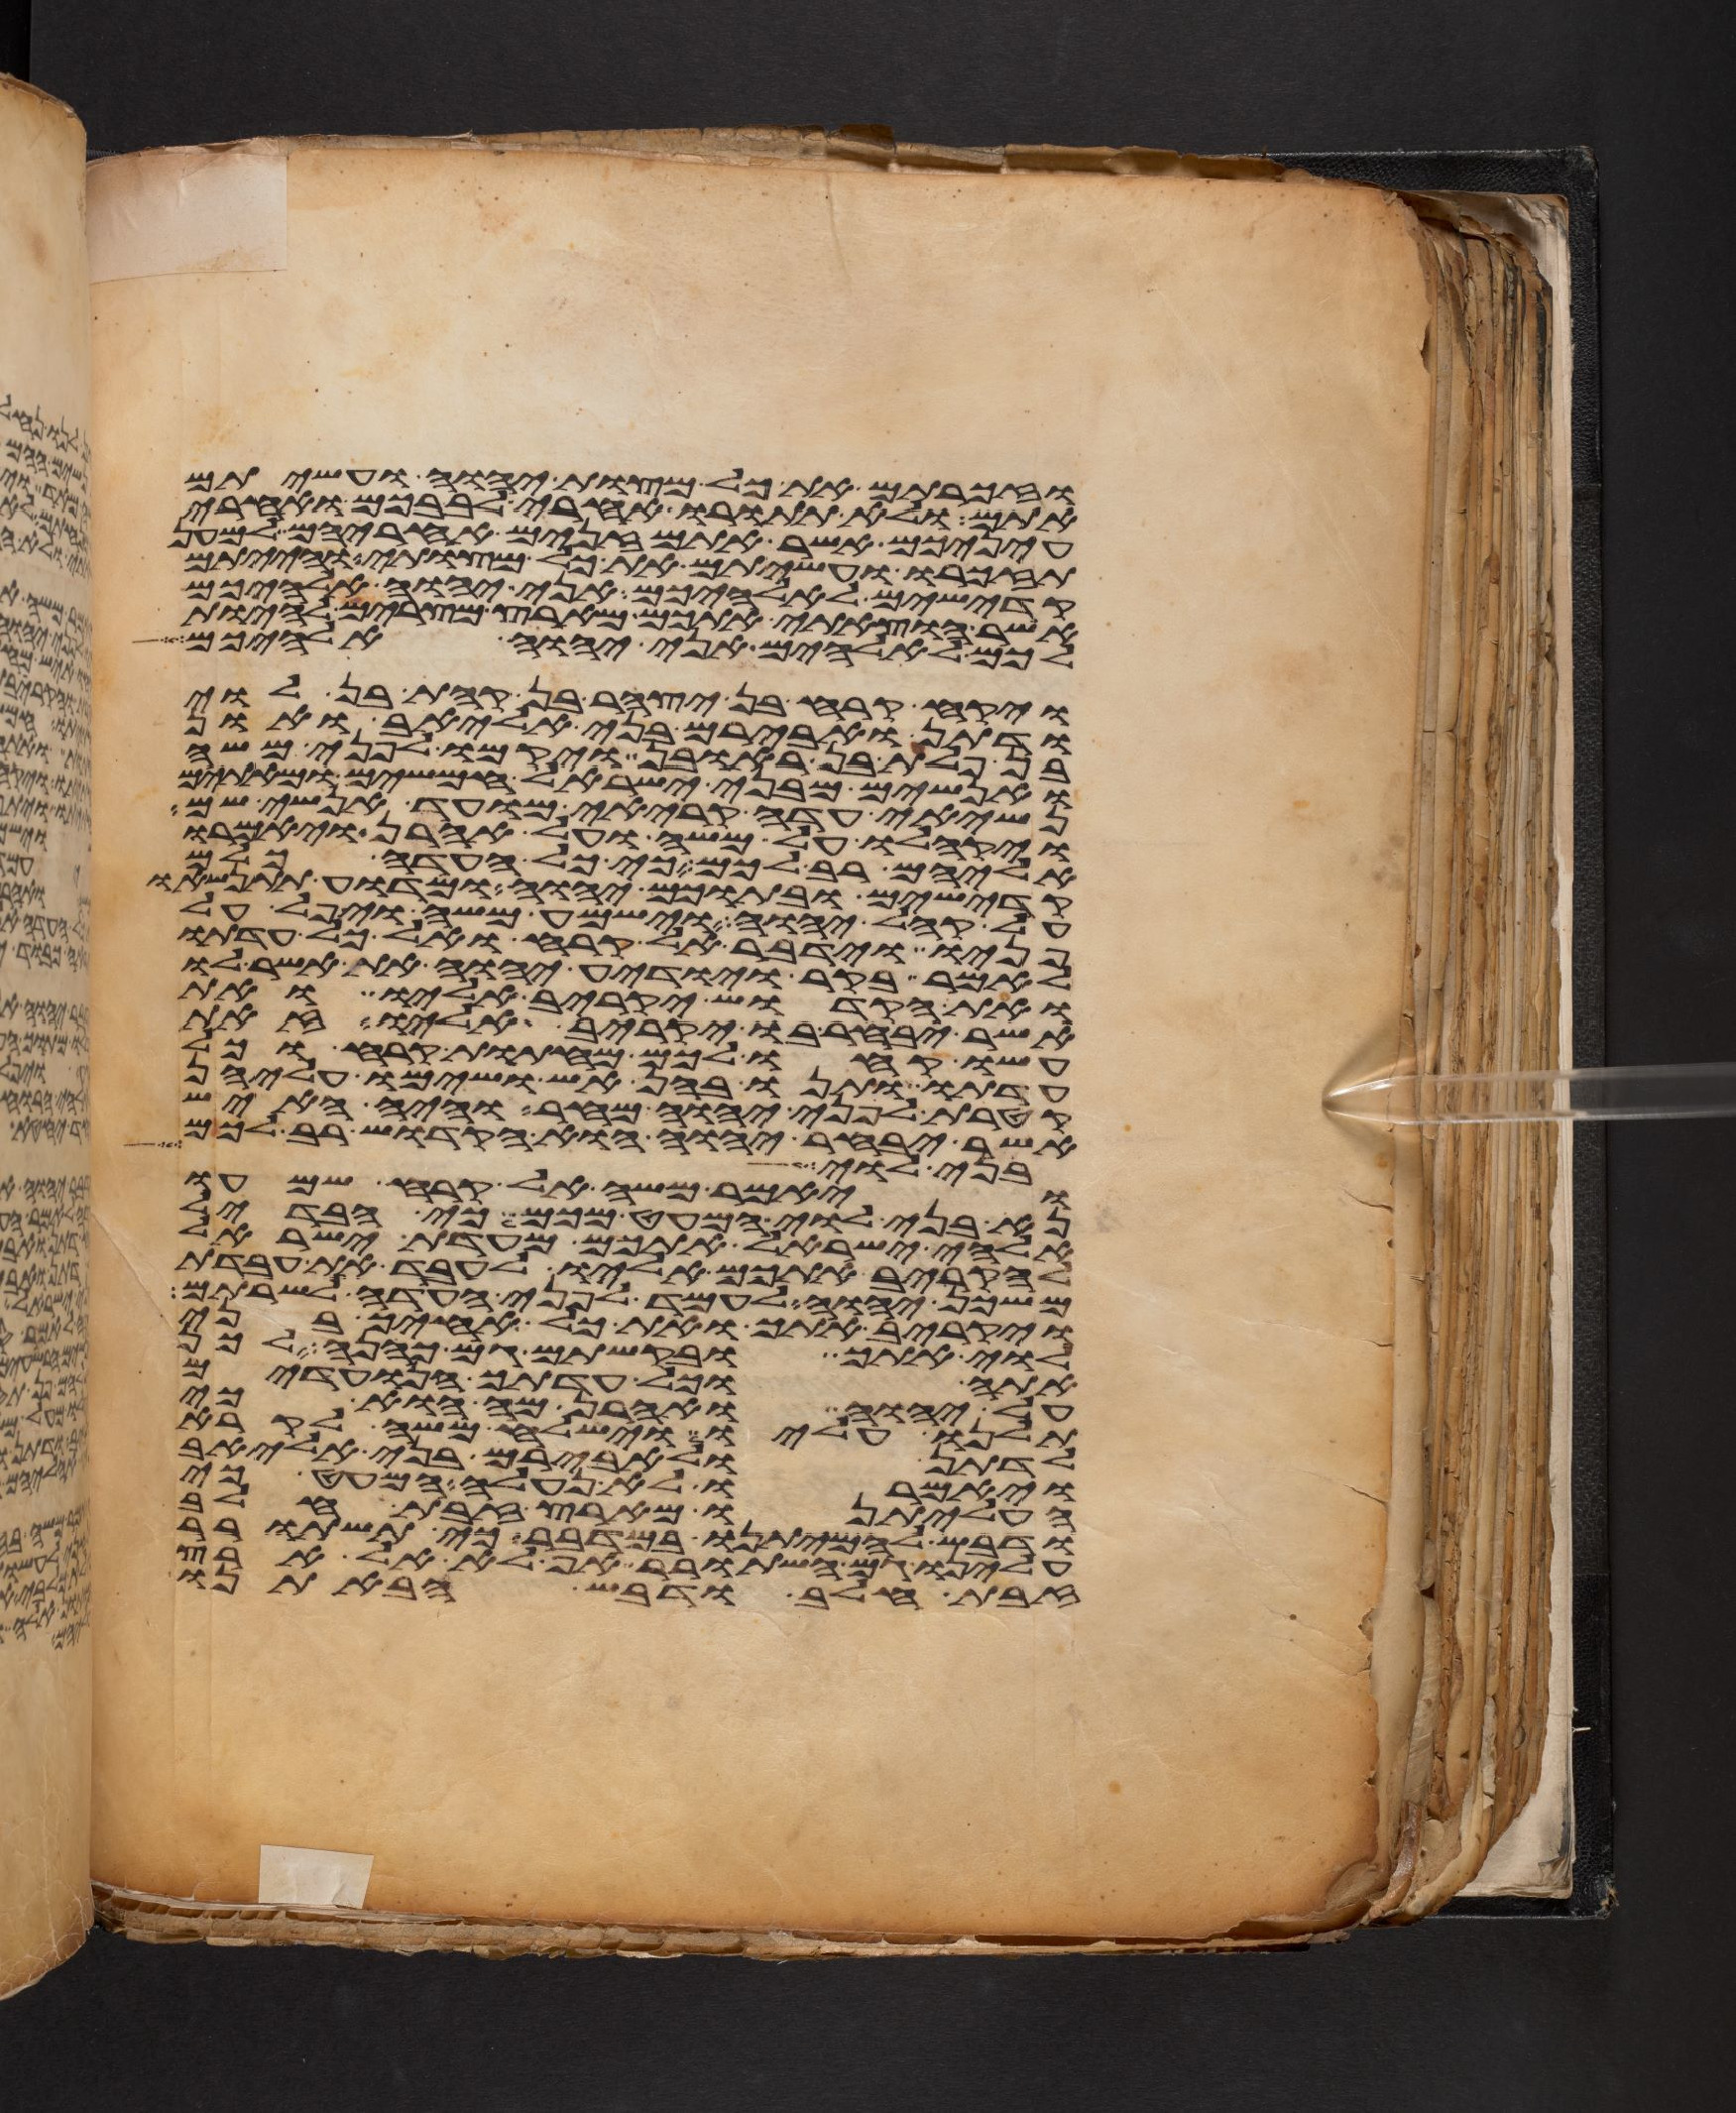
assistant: וזכרתם את כל מצות יהוה ועשיתם
אתם ולא תתורו אחרי לבבכם ואחרי
עיניכם אשר אתם זנים אחריהם למען
תזכרו ועשיתם את כל מצותי והייתם
קדישים לאלהיכם אני יהוה אלהיכם
אשר הוצאתי אתכם מארץ מצרים להיות
לכם לאלהים אני יהוה אלהיכם
ויקח קרח בן יצהר בן קהת בן לוי
ודתן ואבירם בני אליאב ואון
בן פלת בן ראובן ויקמו לפני משה
ואנשים מבני ישראל חמשים ומאתים
נשיאי עדה קריאי מועד אנשי שם
ויקהלו על משה ועל אהרן ויאמרו
אליהם רב לכם כי כל העדה כלם
קדישים ובתוכם יהוה ומדוע תתנשאו
על קהל יהוה וישמע משה ויפל על
פניו וידבר אל קרח ואל כל עדתו
לאמר בקר ויודע יהוה את אשר לו
ואת הקדוש יקריב אליו ואת
אשר יבחר בו יקריב אליו זאת
עשו קחו לכם מחתות קרח וכל
עדתו ותנו בהן אש ושימו עליהן
קטרת לפני יהוה מחר והיה האיש
אשר יבחר יהוה הוא הקדוש רב לכם
בני לוי
ויאמר משה אל קרח שמעו
נא בני לוי המעט מכם כי הבדיל
אלהי ישראל אתכם מעדת ישראל
להקריב אתכם אליו לעבד את עבדת
משכן יהוה לעמד לפני העדה לשרתם
ויקריב אתך ואת כל אחיך בני
לוי אתך ובקשתם גם כהנה לכן
אתה וכל עדתך הנועדים
על יהוה ואהרן מה הוא כי
תלנו עליו וישלח משה לקרא
לדתן ולאבירם בני אליאב
ויאמרו לא נעלה המעט כי
העליתנו מארץ זבת חלב
ודבש להמיתנו במדבר כי תשתרר
עלינו גם השתרר אף לא אל ארץ
זבת חלב ודבש הבאתנו